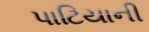
પાટિયાની